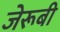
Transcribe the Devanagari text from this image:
जेरूबी